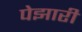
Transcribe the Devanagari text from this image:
पेझारी